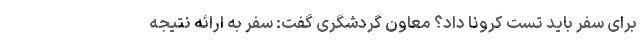
برای سفر باید تست کرونا داد؟ معاون گردشگری گفت: سفر به ارائه نتیجه